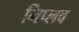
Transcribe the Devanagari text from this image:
निप्लव